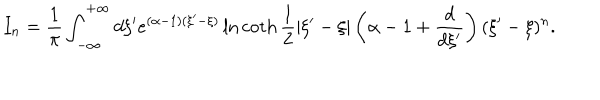
LaTeX: I _ { n } = \frac { 1 } { \pi } \int _ { - \infty } ^ { + \infty } d \xi ^ { \prime } e ^ { ( \alpha - 1 ) ( \xi ^ { \prime } - \xi ) } \ln \coth \frac { 1 } { 2 } | \xi ^ { \prime } - \xi | \left( \alpha - 1 + \frac { d } { d \xi ^ { \prime } } \right) ( \xi ^ { \prime } - \xi ) ^ { n } .